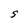
Character: S